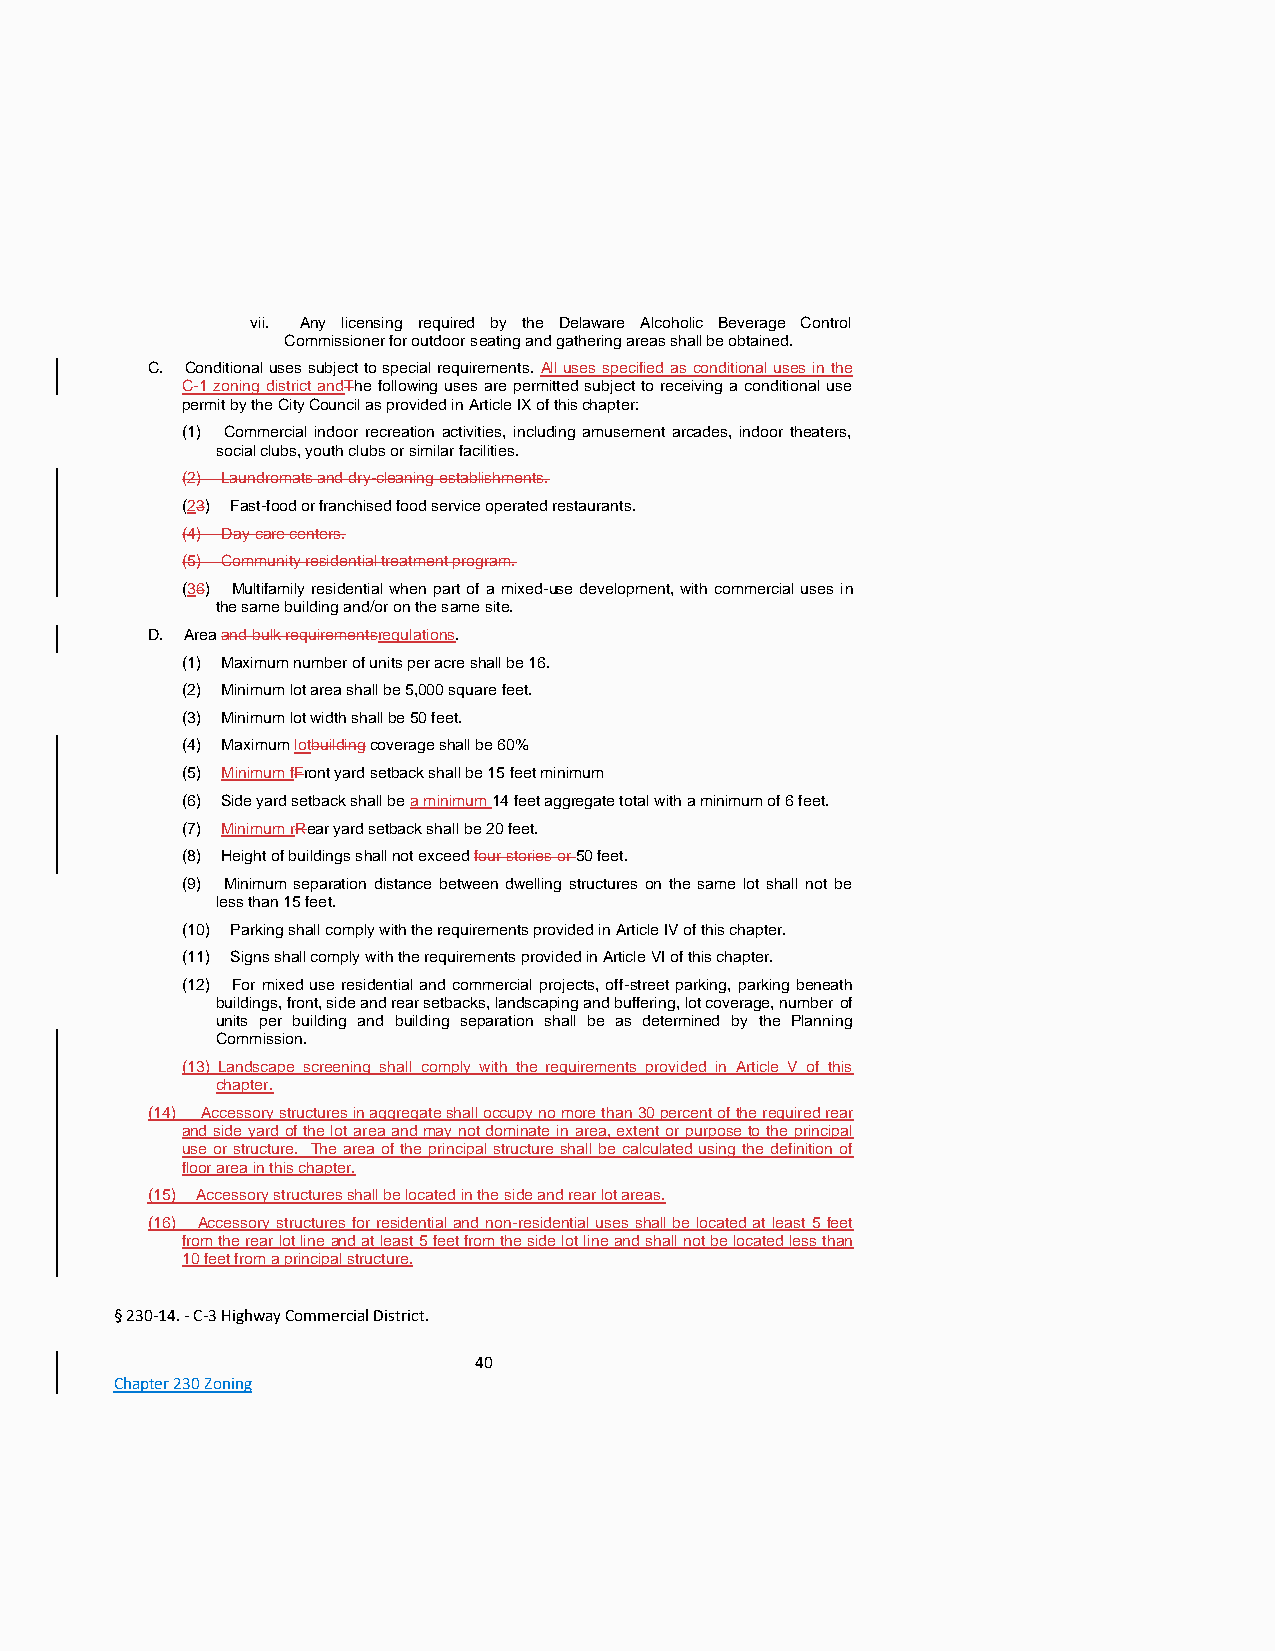
vii. Any licensing required by the Delaware Alcoholic Beverage Control
 Commissioner for outdoor seating and gathering areas shall be obtained.
 C. Conditional uses subject to special requirements. All uses specified as conditional uses in the
 C-1 zoning district andThe following uses are permitted subject to receiving a conditional use
 permit by the City Council as provided in Article IX of this chapter:
 (1) Commercial indoor recreation activities, including amusement arcades, indoor theaters,
 social clubs, youth clubs or similar facilities.
 (2) Laundromats and dry-cleaning establishments.
 (23) Fast-food or franchised food service operated restaurants.
 (4) Day-care centers.
 (5) Community residential treatment program.
 (36) Multifamily residential when part of a mixed-use development, with commercial uses in
 the same building and/or on the same site.
 D. Area and bulk requirementsregulations.
 (1) Maximum number of units per acre shall be 16.
 (2) Minimum lot area shall be 5,000 square feet.
 (3) Minimum lot width shall be 50 feet.
 (4) Maximum lotbuilding coverage shall be 60%
 (5) Minimum fFront yard setback shall be 15 feet minimum
 (6) Side yard setback shall be a minimum 14 feet aggregate total with a minimum of 6 feet.
 (7) Minimum rRear yard setback shall be 20 feet.
 (8) Height of buildings shall not exceed four stories or 50 feet.
 (9) Minimum separation distance between dwelling structures on the same lot shall not be
 less than 15 feet.
 (10) Parking shall comply with the requirements provided in Article IV of this chapter.
 (11) Signs shall comply with the requirements provided in Article VI of this chapter.
 (12) For mixed use residential and commercial projects, off-street parking, parking beneath
 buildings, front, side and rear setbacks, landscaping and buffering, lot coverage, number of
 units per building and building separation shall be as determined by the Planning
 Commission.
 (13) Landscape screening shall comply with the requirements provided in Article V of this
 chapter.
 (14) Accessory structures in aggregate shall occupy no more than 30 percent of the required rear
 and side yard of the lot area and may not dominate in area, extent or purpose to the principal
 use or structure. The area of the principal structure shall be calculated using the definition of
 floor area in this chapter.
 (15) Accessory structures shall be located in the side and rear lot areas.
 (16) Accessory structures for residential and non-residential uses shall be located at least 5 feet
 from the rear lot line and at least 5 feet from the side lot line and shall not be located less than
 10 feet from a principal structure.
 § 230-14. - C-3 Highway Commercial District.
 40
 Chapter 230 Zoning